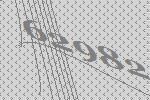
62982